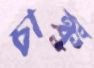
চাঙ্কু